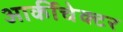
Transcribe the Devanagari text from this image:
आर्कीचेक्टर